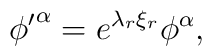
{\phi'}^\alpha = e^{{\lambda}_r{\xi}_r}{\phi}^\alpha,